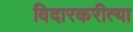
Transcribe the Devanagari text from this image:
विदारकरीत्या